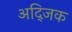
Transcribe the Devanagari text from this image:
अद्जिक